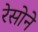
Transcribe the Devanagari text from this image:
रेसोने